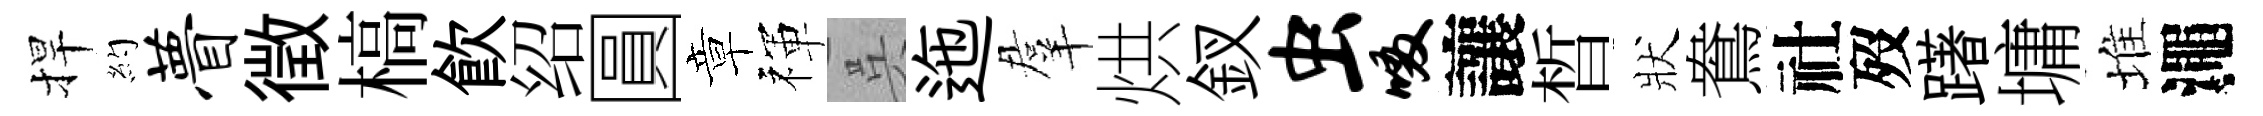
捍約瞢徴槁飮绍圓章禈呉迤羣烘釵虫啜讓晳狀鴦社歿躇墉堆澠